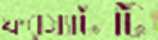
ফরম্যাটটি